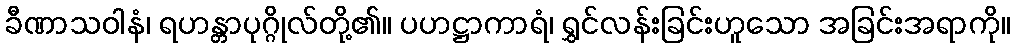
ခီဏာသဝါနံ၊ ရဟန္တာပုဂ္ဂိုလ်တို့၏။ ပဟဋ္ဌာကာရံ၊ ရွှင်လန်းခြင်းဟူသော အခြင်းအရာကို။